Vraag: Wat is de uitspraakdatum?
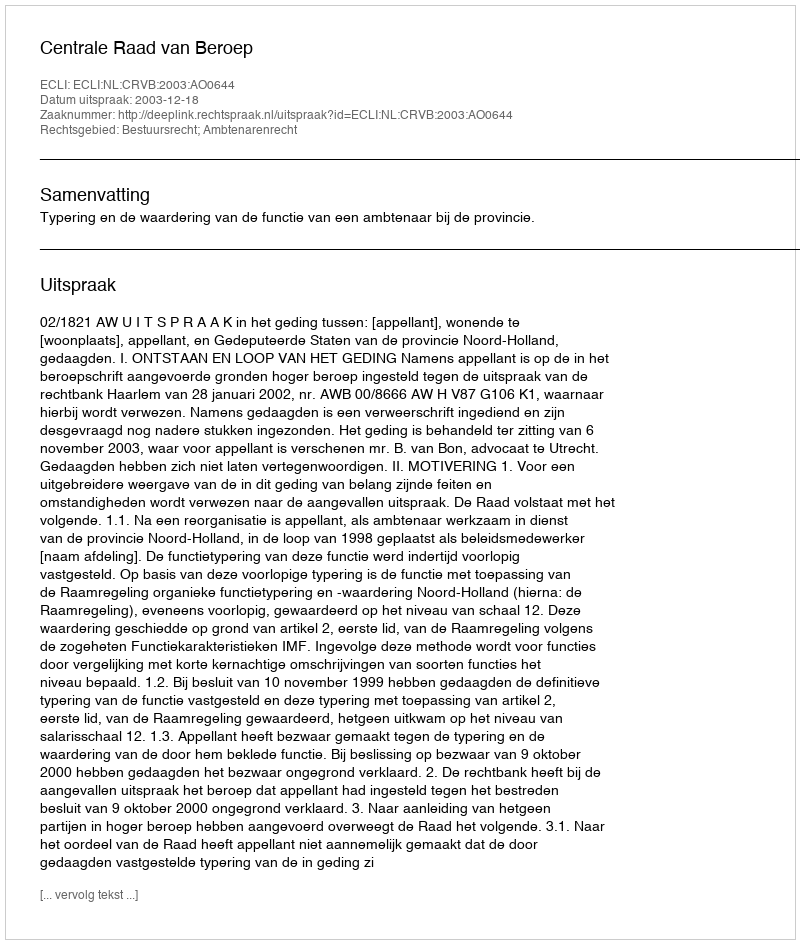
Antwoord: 2003-12-18